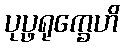
ပုပ္ဖရုက္ခေဟိ